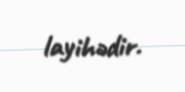
layihədir.